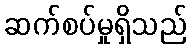
ဆက်စပ်မှုရှိသည်